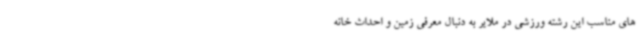
های مناسب این رشته ورزشی در ملایر به دنبال معرفی زمین و احداث خانه